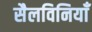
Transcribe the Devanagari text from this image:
सैलविनियाँ